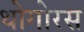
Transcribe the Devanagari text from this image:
थोगोरस